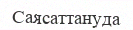
Саясаттануда